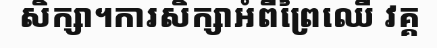
សិក្សា។ការសិក្សាអំពីព្រៃឈើ វគ្គ